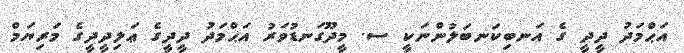
އަޙްމަދު ދީދީ ގެ އަނބިކަނބަލުންނަކީ ސ. މީދޫގަނޑުވަރު އަޙްމަދު ދީދީގެ ޢަލިދީދީގެ މަރިޔަމް